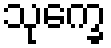
သုက္ခေ